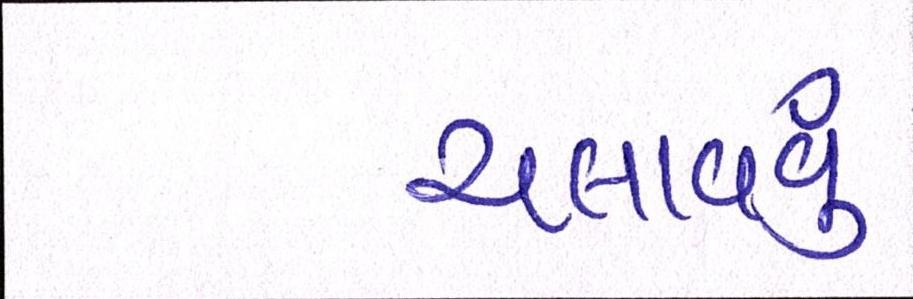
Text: ચલાવવું